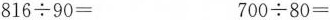
$$8 1 6 \div 9 0=$$ $$7 0 0 \div 8 0 =$$